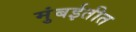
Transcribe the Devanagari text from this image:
मुंबईतीत